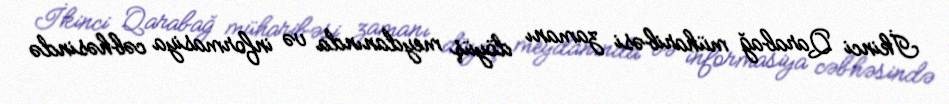
İkinci Qarabağ müharibəsi zamanı döyüş meydanında və informasiya cəbhəsində